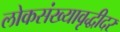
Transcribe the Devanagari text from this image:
लोकसंख्यावृद्धीदर